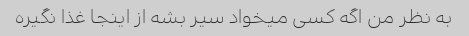
به نظر من اگه کسی میخواد سیر بشه از اینجا غذا نگیره